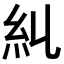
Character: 𥾆